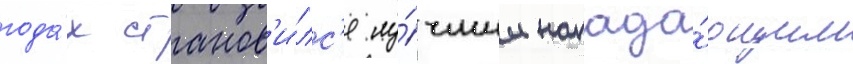
года́х станов'и́лс'я лу́чшим напада́ющим